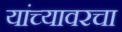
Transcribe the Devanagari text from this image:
यांच्यावरचा